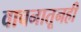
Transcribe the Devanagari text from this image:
वाचनातूनही